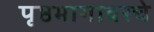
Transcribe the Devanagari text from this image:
पृष्ठभागावरचे